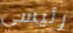
رئيسي